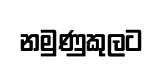
නමුණුකුලට